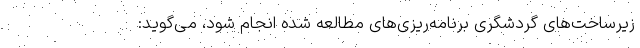
زیرساخت‌های گردشگری برنامه‌ریزی‌های مطالعه شده انجام شود، می‌گوید: